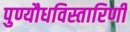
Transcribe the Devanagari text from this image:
पुण्यौधविस्तारिणी